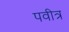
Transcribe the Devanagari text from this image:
पवीत्र